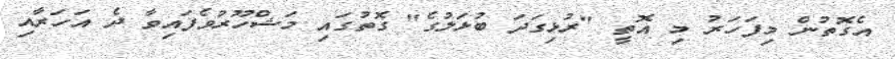
އެގޮތުން މިފަހަރު މި އޮތީ "ރުޅިގަދަ ބުޅަލުގެ" ގޮތުގައި މަޝްހޫރުވެފައިވާ ދެ އަހަރާއި